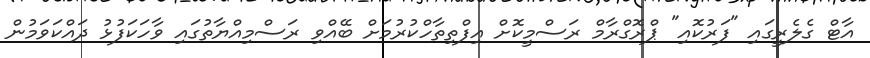
އާޓް ގެލެރީގައި "ފަރުކޮއި" ޕްރޮގްރާމް ރަސްމީކޮށް އިފްތިތާހްކުރުމަށް ބޭއްވި ރަސްމިއްޔާތުގައި ވާހަކަފުޅު ދައްކަވަމުން